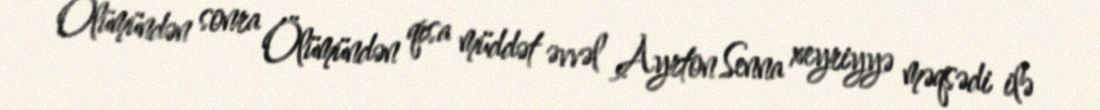
Ölümündən sonra Ölümündən qısa müddət əvvəl Ayrton Senna xeyriyyə məqsədi ilə